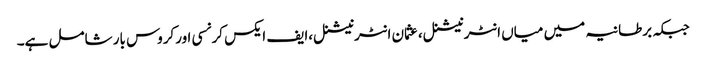
جبکہ برطانیہ میں میاں انٹرنیشنل،عثمان انٹرنیشنل،ایف ایکس کرنسی اورکروس بار شامل ہے۔